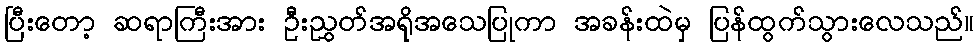
ပြီးတော့ ဆရာကြီးအား ဦးညွှတ်အရိုအသေပြုကာ အခန်းထဲမှ ပြန်ထွက်သွားလေသည်။